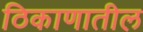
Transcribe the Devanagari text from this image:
ठिकाणातील